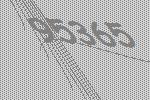
95365